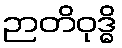
ဉာတိဝုဒ္ဓိ